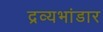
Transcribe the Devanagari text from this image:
द्रव्यभांडार